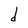
Character: d